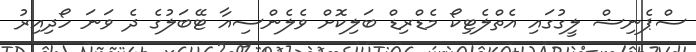
ސްޕެނިޝް ލީގުގައި އެތްލެޓިކޯ މެޑްރިޑް ބަލިކޮށް ވެލެންސިއާ ޓޭބަލުގެ ދެ ވަނަ ހޯދިއިރު